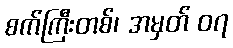
စက်ကြီးတစ်၊ အမှတ် ၀၇